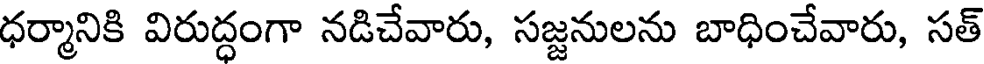
ధర్మానికి విరుద్ధంగా నడిచేవారు, సజ్జనులను బాధించేవారు, సత్